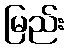
မြည်း